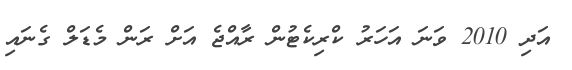
އަދި 2010 ވަނަ އަހަރު ކްރިކެޓުން ރާއްޖެ އަށް ރަން މެޑަލް ގެނައި